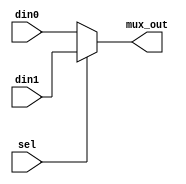
`timescale 1ns/1ps
//CsC 142 Section 02
//Project 2: MultiCycle Datapath and Control Unit
//March 09, 2019
module mux2to1(din0, din1, sel, mux_out);
input[7:0] din0, din1;
input sel;
output[7:0] mux_out;
reg[7:0] mux_out;
always @(din0, din1, sel)
begin
if(sel == 1'b0)
    mux_out <= din0;
else
    mux_out <= din1;
end
endmodule